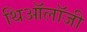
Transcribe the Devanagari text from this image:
थिऑलॉजी